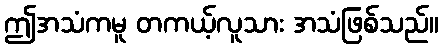
ဤအသံကမူ တကယ့်လူသား အသံဖြစ်သည်။